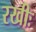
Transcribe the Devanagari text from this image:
रखीः